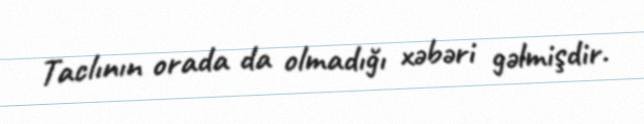
Taclının orada da olmadığı xəbəri gəlmişdir.